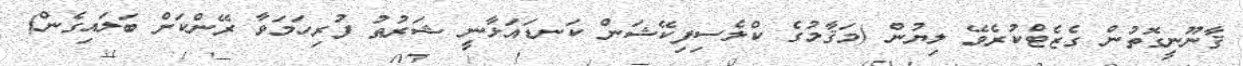
ޤާނޫނީގޮތުން ގެޒެޓްކުރެވޭ ލިޔުން (މަޤާމުގެ ކްލެސިފިކޭޝަން ކަނޑައަޅާނީ ޝަރުޠު ފުރިހަމަވާ ރޭންކަށް ބަލައިގެން)